Insane asylums in Bengal annual reports 1867-1875 - 1867-1875
Year: 1867
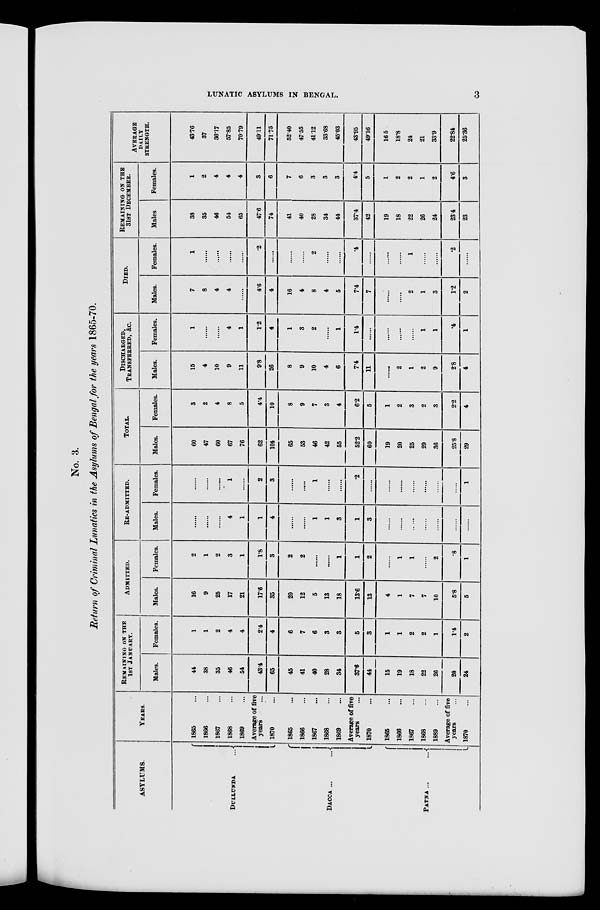
LUNATIC ASYLUMS IN BENGAL. 3
No. 3.
Return of Criminal Lunatics in the Asylums of Bengal for the years 1865-70.
ASYLUMS.
DULLUNDA ...
DACCA
...
...
PATNA
...
...
YEARS.
1865 ...
1866 ...
1867 ...
1868 ...
1869 ...
Average of five
years ...
1870 ...
1865 ...
1866 ...
1867 ...
1868 ...
1869 ...
Average of five
years ...
1870 ...
1865 ...
1866 ...
1867 ...
1868 ...
1889 ...
Average of five
years ...
1870 ...
REMAINING ON THE
1ST JANUARY.
Males.
44
38
35
46
54
43.4
65
45
41
40
28
34
37.6
44
15
19
18
22
26
20
24
Females.
1
1
2
4
4
2.4
4
6
7
6
3
3
5
3
1
1
2
2
1
14
2
ADMITTED.
Males.
16
9
25
17
21
17.6
35
20
12
5
13
18
13.6
13
4
1
7
7
10
5.8
5
Females.
2
1
2
3
1
1.8
3
2
2
......
......
1
1
2
......
1
1
......
2
.8
1
RE-ADMITTED.
Males.
......
......
......
4
1
1
4
......
......
1
1
3
1
3
......
......
......
......
......
......
Females.
......
......
......
1
......
2
3
......
......
1
......
......
.2
......
......
......
......
......
......
......
1
TOTAL.
Males.
60
47
60
67
76
62
104
65
53
46
42
55
52.2
60
19
20
25
29
36
25.8
29
Females.
3
2
4
8
5
4.4
10
8
9
7
3
4
6.2
5
1
2
3
2
3
2.2
4
DISCHARGED,
TRANSFERRED, &C.
Males.
15
4
10
9
11
9.8
26
8
9
10
4
6
7.4
11
......
2
1
2
9
2.8
4
Females.
1
......
......
4
1
1.2
4
1
3
2
......
1
1.4
......
......
......
......
1
1
.4
1
DIED.
Males.
7
8
4
4
......
4.6
4
16
4
8
4
5
7.4
7
......
......
2
1
3
1.2
2
Females.
1
......
......
......
.2
......
......
......
2
......
......
.4
......
......
......
1
......
......
.2
......
REMAINING ON THE
31ST DECEMBER.
Males
38
35
46
54
65
47.6
74
41
40
28
34
44
37.4
42
19
18
22
26
24
23.4
23
Females.
1
2
4
4
4
3
6
7
6
3
3
3
4.4
5
1
2
2
1
2
4.6
3
AVERAGE
DAILY
STRENGTH.
43.76
37
36.17
57.85
70.79
49.11
71.75
52.40
47.55
41.12
33.68
45.03
43.95
49.16
16.5
18.8
24
21
33.9
22.84
25.36